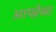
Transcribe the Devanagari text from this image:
आफ्ऱेक्ट